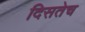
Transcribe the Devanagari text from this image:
दिसतेच